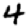
Digit: 4